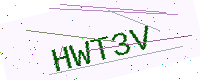
Text: HWT3V